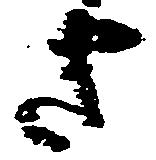
さ